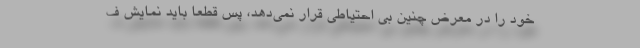
خود را در معرض چنین بی احتیاطی قرار نمی‌دهد، پس قطعا باید نمایش ف